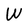
Character: W